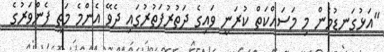
"އަޅުގަނޑުމެން މި މަސައްކަތް ކުރަނީ ވައިގެ ދަތުރުފަތުރުގައި ދެވޭ އެންމެ މަތީ ފެންވަރުގެ